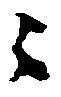
々